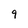
Character: 9